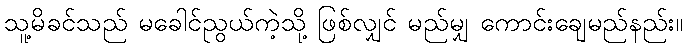
သူ့မိခင်သည် မခေါင်ညွယ်ကဲ့သို့ ဖြစ်လျှင် မည်မျှ ကောင်းချေမည်နည်း။